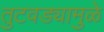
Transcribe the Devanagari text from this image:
तुटवड्यामुळे